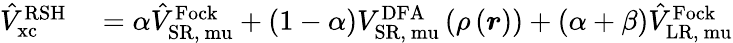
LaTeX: \begin{array}{rl}{\hat{V}_{\mathrm{{xc}}}^{\mathrm{{RSH}}}}&{{}=\alpha\hat{V}_{\mathrm{{SR,}\ mu}}^{\mathrm{{Fock}}}+(1-\alpha)V_{\mathrm{{SR,}\ mu}}^{\mathrm{{DFA}}}\left(\rho\left(\boldsymbol{r}\right)\right)+(\alpha+\beta)\hat{V}_{\mathrm{{LR,}\ mu}}^{\mathrm{{Fock}}}}\end{array}